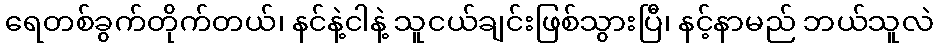
ရေတစ်ခွက်တိုက်တယ်၊ နင်နဲ့ငါနဲ့ သူငယ်ချင်းဖြစ်သွားပြီ၊ နင့်နာမည် ဘယ်သူလဲ